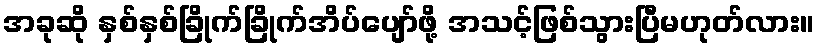
အခုဆို နှစ်နှစ်ခြိုက်ခြိုက်အိပ်ပျော်ဖို့ အသင့်ဖြစ်သွားပြီမဟုတ်လား။